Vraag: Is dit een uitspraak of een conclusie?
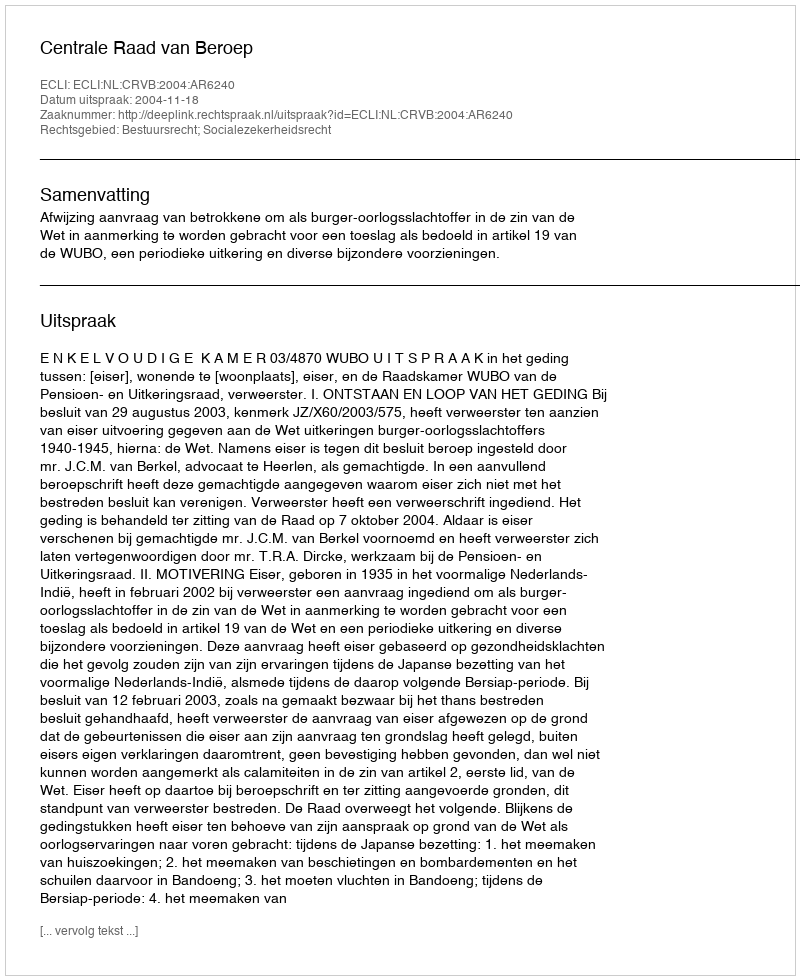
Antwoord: Uitspraak